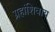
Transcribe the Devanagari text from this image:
ग्रहांशिवाय